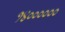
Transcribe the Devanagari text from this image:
१४००००००